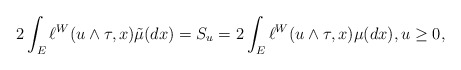
\begin{align*}2\int_E \ell^W(u\wedge \tau,x)\tilde{\mu}(dx)=S_u=2\int_E\ell ^W(u\wedge \tau ,x)\mu(dx),u\geq 0,\end{align*}